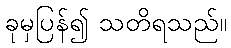
ခုမှပြန်၍ သတိရသည်။